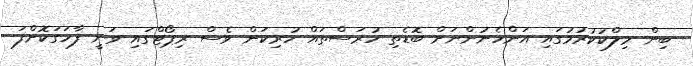
ބިން މިލްކުކުރުމުގައި އަންހެނުންނަށް ބޮޑެތި ހުރަސްތައް ހުރިކަން ވެސް ރިޕޯޓްގައި ވަނީ ފާހަގަކޮށްފަ